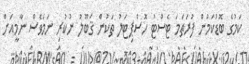
ކަމުގެ ބޮޑުކަމުން ފުރަތަމަ ޓެސްޓު ހޮސްޕިޓަލު ތަކުން ޤަބޫލު ނުކުރި ނަމަވެސް ނާމީއަށް